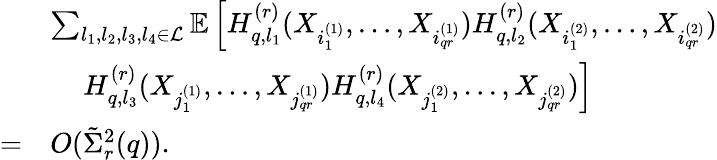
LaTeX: \begin{array}{rl}&{\sum_{l_{1},l_{2},l_{3},l_{4}\in\mathcal{L}}\mathbb{E}\left[H_{q,l_{1}}^{(r)}(X_{i_{1}^{(1)}},\ldots,X_{i_{qr}^{(1)}})H_{q,l_{2}}^{(r)}(X_{i_{1}^{(2)}},\ldots,X_{i_{qr}^{(2)}})\right.}\\ &{~~~~\left.H_{q,l_{3}}^{(r)}(X_{j_{1}^{(1)}},\ldots,X_{j_{qr}^{(1)}})H_{q,l_{4}}^{(r)}(X_{j_{1}^{(2)}},\ldots,X_{j_{qr}^{(2)}})\right]}\\ {=}&{O(\tilde{\Sigma}_{r}^{2}(q)).}\end{array}